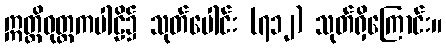
ဣတ္တိဝုတ္တကပါဠိ၌ သုတ်ပေါင်း (၇၁၂) သုတ်ရှိကြောင်း။